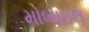
મોબાઇલ